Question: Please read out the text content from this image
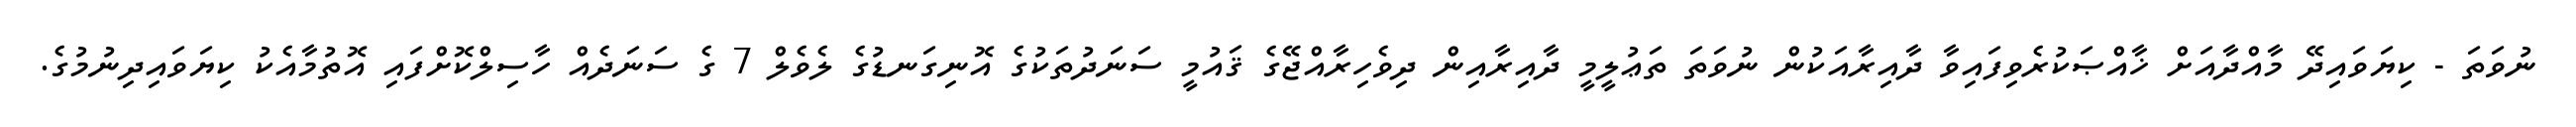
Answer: ނުވަތަ - ކިޔަވައިދޭ މާއްދާއަށް ޚާއްޞަކުރެވިފައިވާ ދާއިރާއަކުން ނުވަތަ ތަޢުލީމީ ދާއިރާއިން ދިވެހިރާއްޖޭގެ ޤައުމީ ސަނަދުތަކުގެ އޮނިގަނޑުގެ ލެވެލް 7 ގެ ސަނަދެއް ހާސިލްކޮށްފައި އޮތުމާއެކު ކިޔަވައިދިނުމުގެ.